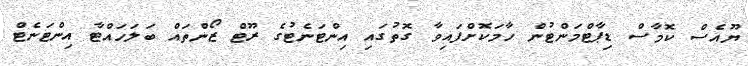
ޔޫއެސް ކޮމާސް ޑިޕާޓްމަންޓުން ހާމަކޮށްފައިވާ ގޮތުގައި އިންޓަނެޓުގެ ރޫޓް ޒޯންތައް ބަލަހައްޓާ އިންޓަނެޓް